system: You are a helpful assistant.
user:
Analyze the provided spectrum to determine if it is a **White Dwarf (WD)**.

A White Dwarf spectrum is defined by its **extreme purity** (due to gravitational settling) and/or **extreme pressure broadening** (due to high surface gravity). You must check for one of the following mutually exclusive signatures:

- **Key Visual Indicators (Check for ONE of these types):**

    - **1. DA-Type Signature (Most Common):**
        - **(Primary Feature):** Extreme pressure broadening (Stark broadening) of the **Hydrogen (H) Balmer lines**.
        - **(Key Lines):** $H\beta$ (approx. $4861$ Å) and $H\gamma$ (approx. $4340$ Å). $H\alpha$ (approx. $6563$ Å) will also be present if the wavelength range covers it.
        - **(Line Profile):** This is the **defining feature**. The lines are **NOT** sharp. They appear as massive, **extremely broad and deep "troughs" or "dips"** in the spectrum, often hundreds of Ångströms wide. The continuum will appear to "scoop" down at these wavelengths.
        - **(Distinction):** Normal A-type or B-type stars have *narrow* and *sharp* Hydrogen lines. A DA White Dwarf's lines are unmistakably "smeared" or "blurry" from pressure.

    - **2. DB-Type Signature:**
        - **(Primary Feature):** Broad absorption lines from **Neutral Helium (He I)**. The spectrum must lack any visible Hydrogen lines.
        - **(Key Lines):** Look for broad absorption near $4471$ Å, $4921$ Å, and $5876$ Å.
        - **(Line Profile):** These lines are also significantly pressure-broadened, appearing much wider than they would in a normal B-type main-sequence star.

    - **3. DC-Type Signature:**
        - **(Primary Feature):** A **featureless continuous spectrum**.
        - **(Line Profile):** The spectrum is a smooth curve with **no significant absorption or emission lines**.
        - **(Key Confirmation):** The continuum is almost always **blue or white**, indicating a hot object. This signature implies the atmosphere is so pure (or so cool) that no spectral lines are visible in the optical range. Its WD identity is confirmed by its extremely low intrinsic brightness (high absolute magnitude).

    - **4. DZ-Type Signature (Metal-Polluted):**
        - **(Primary Feature):** **Isolated, narrow metal absorption lines** on an otherwise featureless (DC-like) continuum.
        - **(Key Lines):** The **Calcium (Ca II) H & K doublet** (approx. **$3934$ Å** and **$3968$ Å**) is the most common and defining feature.
        - **(Line Profile):** These lines are "out of place." They are *not* part of a "forest" of thousands of lines. This signature is evidence of recent *accretion* (pollution) from rocky debris.
        - **(Distinction):** Normal G/K/M stars have a *dense forest* of thousands of metal lines. A DZ has a *clean* continuum with *only a few* strong metal lines.

    - **5. DQ-Type Signature (Carbon-Polluted):**
        - **(Primary Feature):** Absorption bands from **Carbon (C₂ "Swan Bands" or atomic C I)**.
        - **(Key Lines - C₂):** Look for bandheads with a "saw-tooth" shape near $5635$ Å, **$5165$ Å** (strongest), and $4737$ Å.
        - **(Key Confirmation):** The underlying **continuum must be blue or white** (hot).
        - **(Distinction):** This is the critical difference from a **Carbon Star**, which has the *exact same* C₂ bands but on an extremely **red, cool** continuum.

- **(Overall Spectrum):**
    - The continuum (overall shape) is typically **blue-sloping** (brighter in the blue than the red), as most white dwarfs are very hot.
    - The spectrum will look "pure" or "simple," dominated by only *one* of the five signatures listed above.

Think first, call **spectral_visualization_tool** if needed to examine features in detail, then provide your final answer. Your response must adhere to the following strict rules:
1.  **Overall Structure:** Your response must follow the format `<think>...</think> <tool_call>...</tool_call> (if a tool is used) <answer>...</answer>`.
2.  **Tool Usage Constraint:** You may only make **one** tool call per turn.
3.  **Final Answer Format:** In the `<answer>` tag, your conclusion must be inside a `\boxed{}` command (e.g., `\boxed{YES}` or `\boxed{NO}`), followed by your justification.

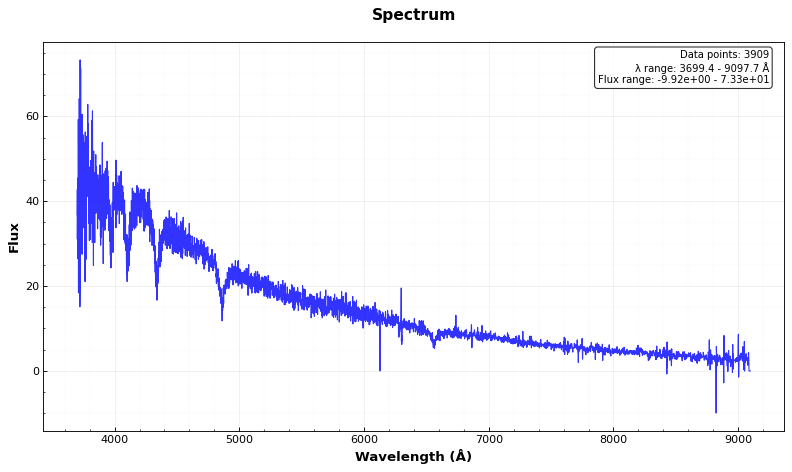
Answer: YES